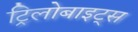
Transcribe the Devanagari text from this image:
ट्रिलोबाइट्स